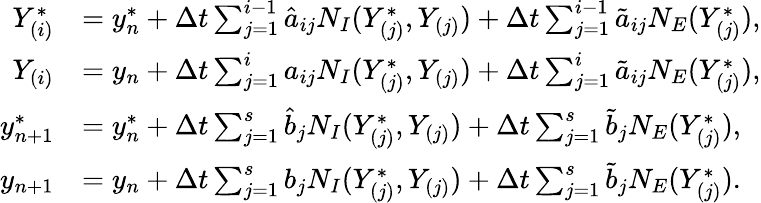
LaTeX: \begin{array}{rl}{Y_{(i)}^{*}}&{=y_{n}^{*}+\Delta t\sum_{j=1}^{i-1}\hat{a}_{ij}N_{I}(Y_{(j)}^{*},Y_{(j)})+\Delta t\sum_{j=1}^{i-1}\tilde{a}_{ij}N_{E}(Y_{(j)}^{*}),}\\ {Y_{(i)}}&{=y_{n}+\Delta t\sum_{j=1}^{i}a_{ij}N_{I}(Y_{(j)}^{*},Y_{(j)})+\Delta t\sum_{j=1}^{i}\tilde{a}_{ij}N_{E}(Y_{(j)}^{*}),}\\ {y_{n+1}^{*}}&{=y_{n}^{*}+\Delta t\sum_{j=1}^{s}\hat{b}_{j}N_{I}(Y_{(j)}^{*},Y_{(j)})+\Delta t\sum_{j=1}^{s}\tilde{b}_{j}N_{E}(Y_{(j)}^{*}),}\\ {y_{n+1}}&{=y_{n}+\Delta t\sum_{j=1}^{s}b_{j}N_{I}(Y_{(j)}^{*},Y_{(j)})+\Delta t\sum_{j=1}^{s}\tilde{b}_{j}N_{E}(Y_{(j)}^{*}).}\end{array}